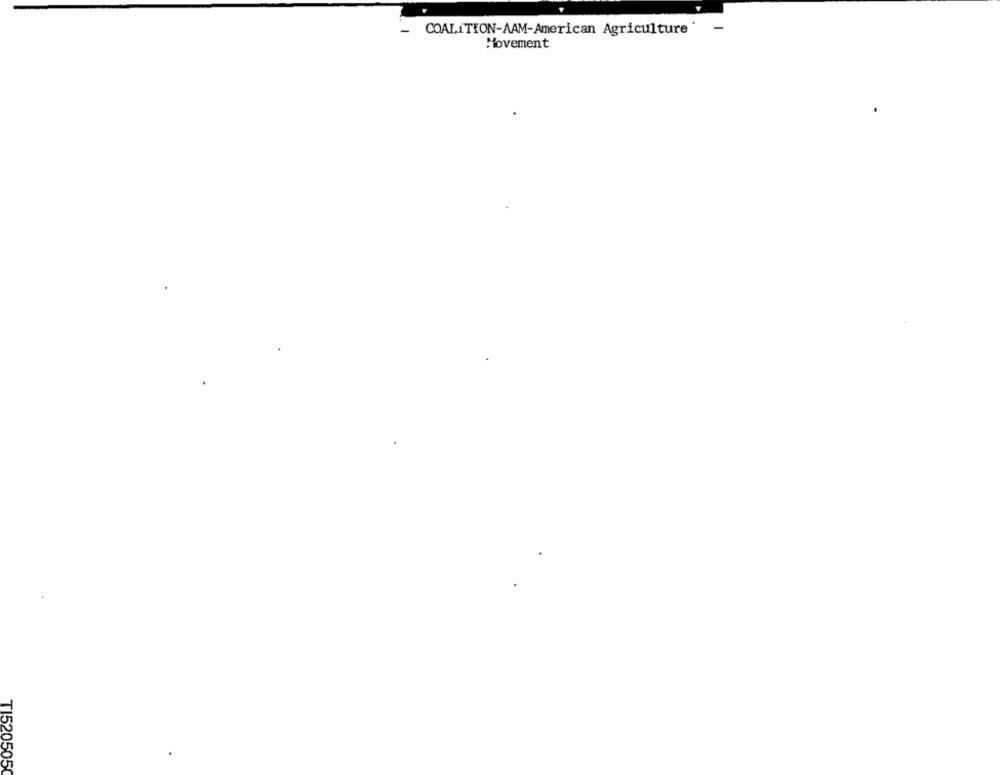
-
COALITION-AAM-American Agriculture'
-
Movement
TI520505